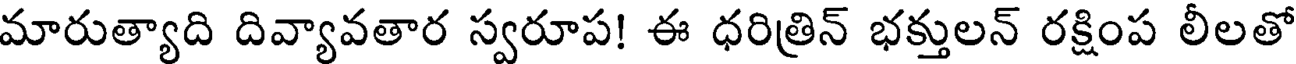
మారుత్యాది దివ్యావతార స్వరూప! ఈ ధరిత్రిన్ భక్తులన్ రక్షింప లీలతో